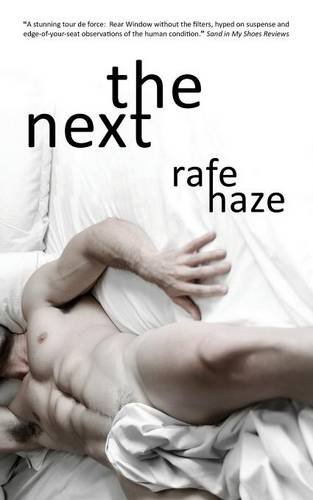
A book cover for The Next; Rafe Haze; Romance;